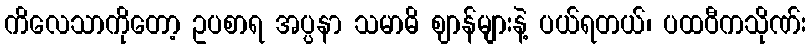
ကိလေသာကိုတော့ ဥပစာရ အပ္ပနာ သမာဓိ ဈာန်များနဲ့ ပယ်ရတယ်၊ ပထဝီကသိုဏ်း